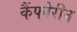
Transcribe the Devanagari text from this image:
कैंफोरीन